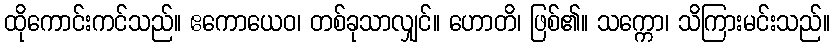
ထိုကောင်းကင်သည်။ ဧကောယေဝ၊ တစ်ခုသာလျှင်။ ဟောတိ၊ ဖြစ်၏။ သက္ကော၊ သိကြားမင်းသည်။